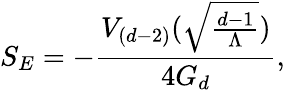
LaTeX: S_{E}=-\frac{V_{(d-2)}(\sqrt{\frac{d-1}{\Lambda}})}{4G_{d}},